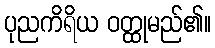
ပုညကိရိယ ဝတ္ထုမည်၏။